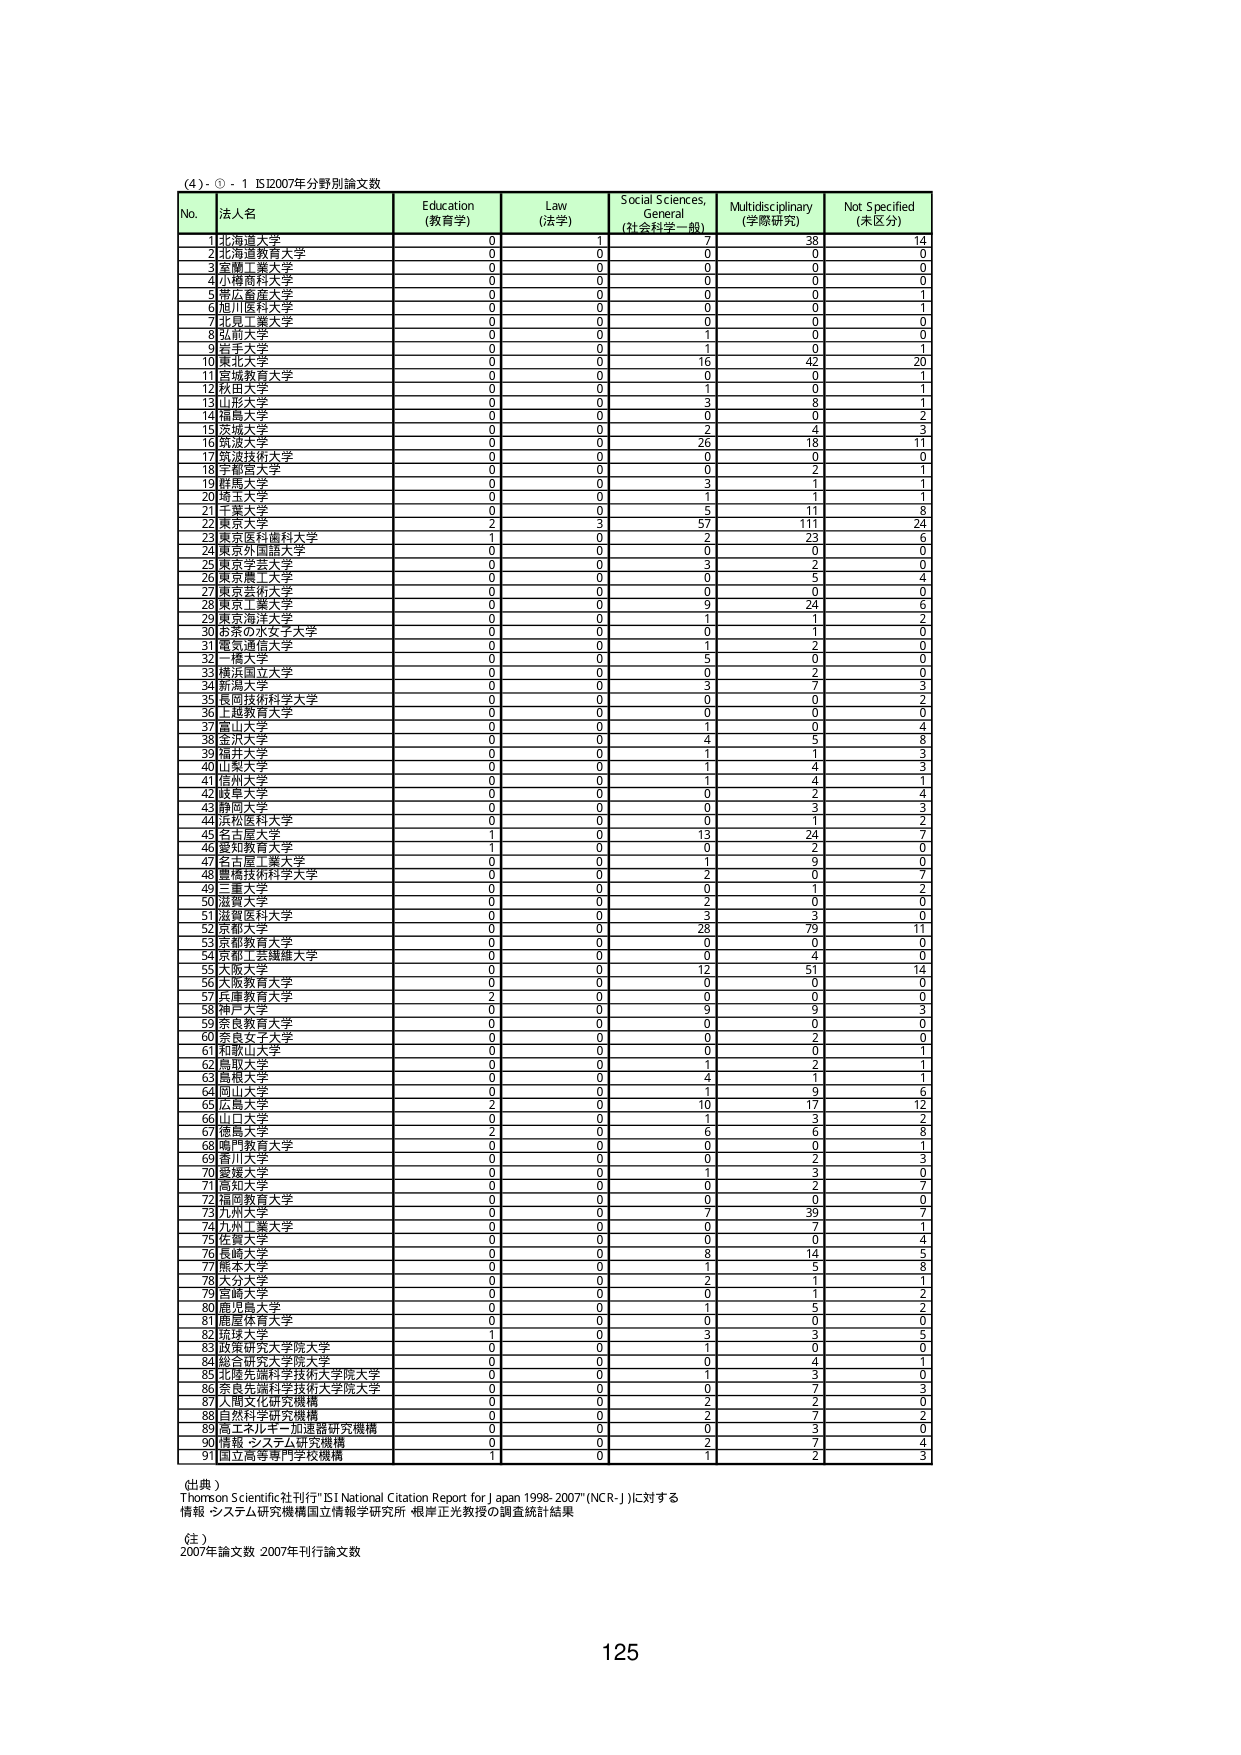
(4) - ① - 1 IS2007年分野別論文数

No. 法人名 Education (教育学) Law (法学) Social Sciences, General (社会科学一般) Multidisciplinary (学際研究) Not Specified (未区分)
1 北海道大学 0 1 7 38 14
2 北海道教育大学 0 0 0 0 0
3 室蘭工業大学 0 0 0 0 0
4 小樽商科大学 0 0 0 0 0
5 帯広畜産大学 0 0 0 0 1
6 旭川医科大学 0 0 0 0 1
7 北見工業大学 0 0 0 0 0
8 弘前大学 0 1 1 0 0
9 青森大学 0 0 1 0 1
10 東北大学 0 0 16 42 20
11 宮城教育大学 0 0 0 0 1
12 秋田大学 0 0 1 0 1
13 山形大学 0 0 3 8 1
14 福島大学 0 0 0 0 2
15 久留米大学 0 0 2 4 3
16 筑波大学 0 0 26 18 11
17 筑波技術大学 0 0 0 0 0
18 宇都宮大学 0 0 0 2 1
19 群馬大学 0 0 3 1 1
20 埼玉大学 0 0 1 1 1
21 千葉大学 0 5 0 11 8
22 東京大学 2 3 57 111 24
23 東京医科歯科大学 1 0 2 23 6
24 東京外国語大学 0 0 0 0 0
25 東京学芸大学 0 0 3 2 0
26 東京農工大学 0 0 0 5 4
27 東京芸術大学 0 0 0 0 0
28 東京工業大学 0 0 9 24 6
29 東京海洋大学 0 0 1 1 2
30 お茶の水女子大学 0 0 0 1 0
31 電気通信大学 0 0 1 2 0
32 一橋大学 0 0 5 0 0
33 横浜国立大学 0 0 0 2 0
34 新潟大学 0 0 3 7 3
35 長岡技術科学大学 0 0 0 0 2
36 上越教育大学 0 0 0 0 0
37 富山大学 0 0 1 0 4
38 金沢大学 0 0 4 5 8
39 福井大学 0 0 1 1 3
40 山梨大学 0 0 1 4 3
41 信州大学 0 0 1 4 1
42 岐阜大学 0 0 0 2 4
43 静岡大学 0 0 0 3 3
44 浜松医科大学 0 0 0 1 2
45 名古屋大学 1 0 13 24 7
46 愛知教育大学 0 0 0 2 0
47 名古屋工業大学 0 0 1 9 0
48 愛媛技術科学大学 0 0 2 0 7
49 三重大学 0 0 0 1 2
50 滋賀大学 0 0 2 0 0
51 滋賀医科大学 0 0 3 3 0
52 京都大学 0 0 28 79 11
53 京都教育大学 0 0 0 0 0
54 水島工業健康大学 0 0 0 4 0
55 大阪大学 0 0 12 51 14
56 大阪教育大学 0 0 0 0 0
57 兵庫教育大学 2 0 0 0 0
58 神戸大学 0 0 9 9 3
59 奈良教育大学 0 0 0 0 0
60 奈良女子大学 0 0 0 2 0
61 和歌山大学 0 0 0 0 1
62 鳥取大学 0 0 1 2 1
63 島根大学 0 0 4 1 1
64 岡山大学 0 0 1 9 6
65 広島大学 2 0 10 17 12
66 山口大学 0 0 1 3 2
67 徳島大学 2 0 6 6 8
68 鳴門教育大学 0 0 0 0 1
69 香川大学 0 0 0 2 3
70 愛媛大学 0 0 1 3 0
71 高知大学 0 0 0 2 7
72 福岡教育大学 0 0 0 0 0
73 九州大学 0 0 7 39 7
74 九州工業大学 0 0 0 7 1
75 佐賀大学 0 0 0 0 4
76 長崎大学 0 0 8 14 5
77 熊本大学 0 0 1 5 8
78 大分大学 0 0 2 1 1
79 宮崎大学 0 0 0 1 2
80 鹿児島大学 0 0 1 5 2
81 鹿屋体育大学 0 0 0 0 0
82 茨城大学 1 0 3 3 5
83 政策研究大学院大学 0 0 1 0 0
84 総合研究大学院大学 0 0 0 4 1
85 北陸先端科学技術大学院大学 0 0 1 3 0
86 東京先端科学技術大学院大学 0 0 0 7 3
87 大阪文化研究機構 0 0 2 2 0
88 自然科学研究機構 0 0 2 7 2
89 高エネルギー加速器研究機構 0 0 0 3 0
90 情報・システム研究機構 0 0 2 7 4
91 国立高等専門学校機構 1 0 1 2 3

(出典)
Thomson Scientific社刊行"ISI National Citation Report for Japan 1998-2007"(NCR-J)に対する
情報・システム研究機構国立情報学研究所 根岸正光教授の調査統計結果

(注)
2007年論文数 2007年刊行論文数

125